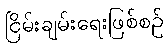
ငြိမ်းချမ်းရေးဖြစ်စဉ်